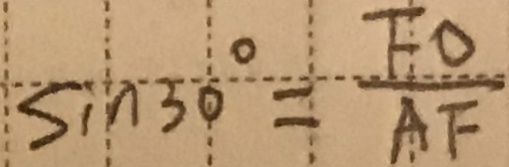
\sin 3 0 ^ { \circ } = \frac { F O } { A F }